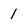
Character: 1